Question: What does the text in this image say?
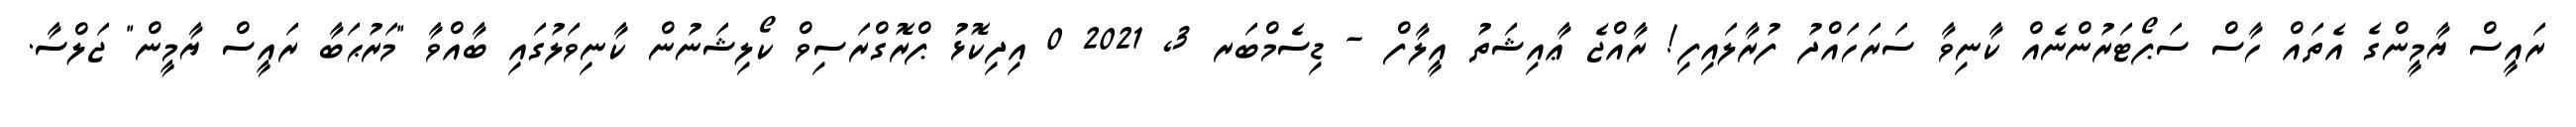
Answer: ރައީސް ޔާމީންގެ އެތައް ހާސް ސަޕޯޓަރުންނެއް ކާނިވާ ސަރަހައްދު ފުރާލައިފި! ރާއްޖެ ޢާއިޝަތު އީލާފް - ޑިސެމްބަރ 3, 2021 0 އިދިކޮޅު ޕްރޮގްރަސިވް ކޯލިޝަނުން ކާނިވަލުގައި ބާއްވާ "މަރުޙަބާ ރައީސް ޔާމީން" ޖަލްސާ.